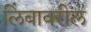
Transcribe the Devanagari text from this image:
लिंबावरील